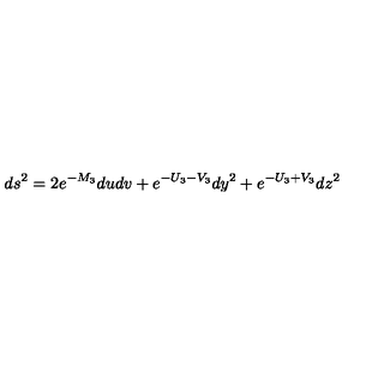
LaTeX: d s ^ { 2 } = 2 e ^ { - M _ { 3 } } d u d v + e ^ { - U _ { 3 } - V _ { 3 } } d y ^ { 2 } + e ^ { - U _ { 3 } + V _ { 3 } } d z ^ { 2 }